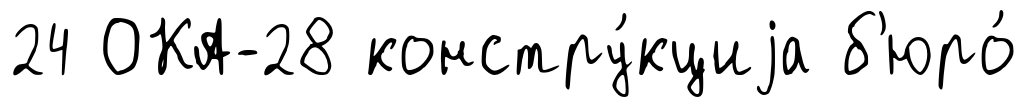
24 ОКА-28 констру́кциjа б'юро́